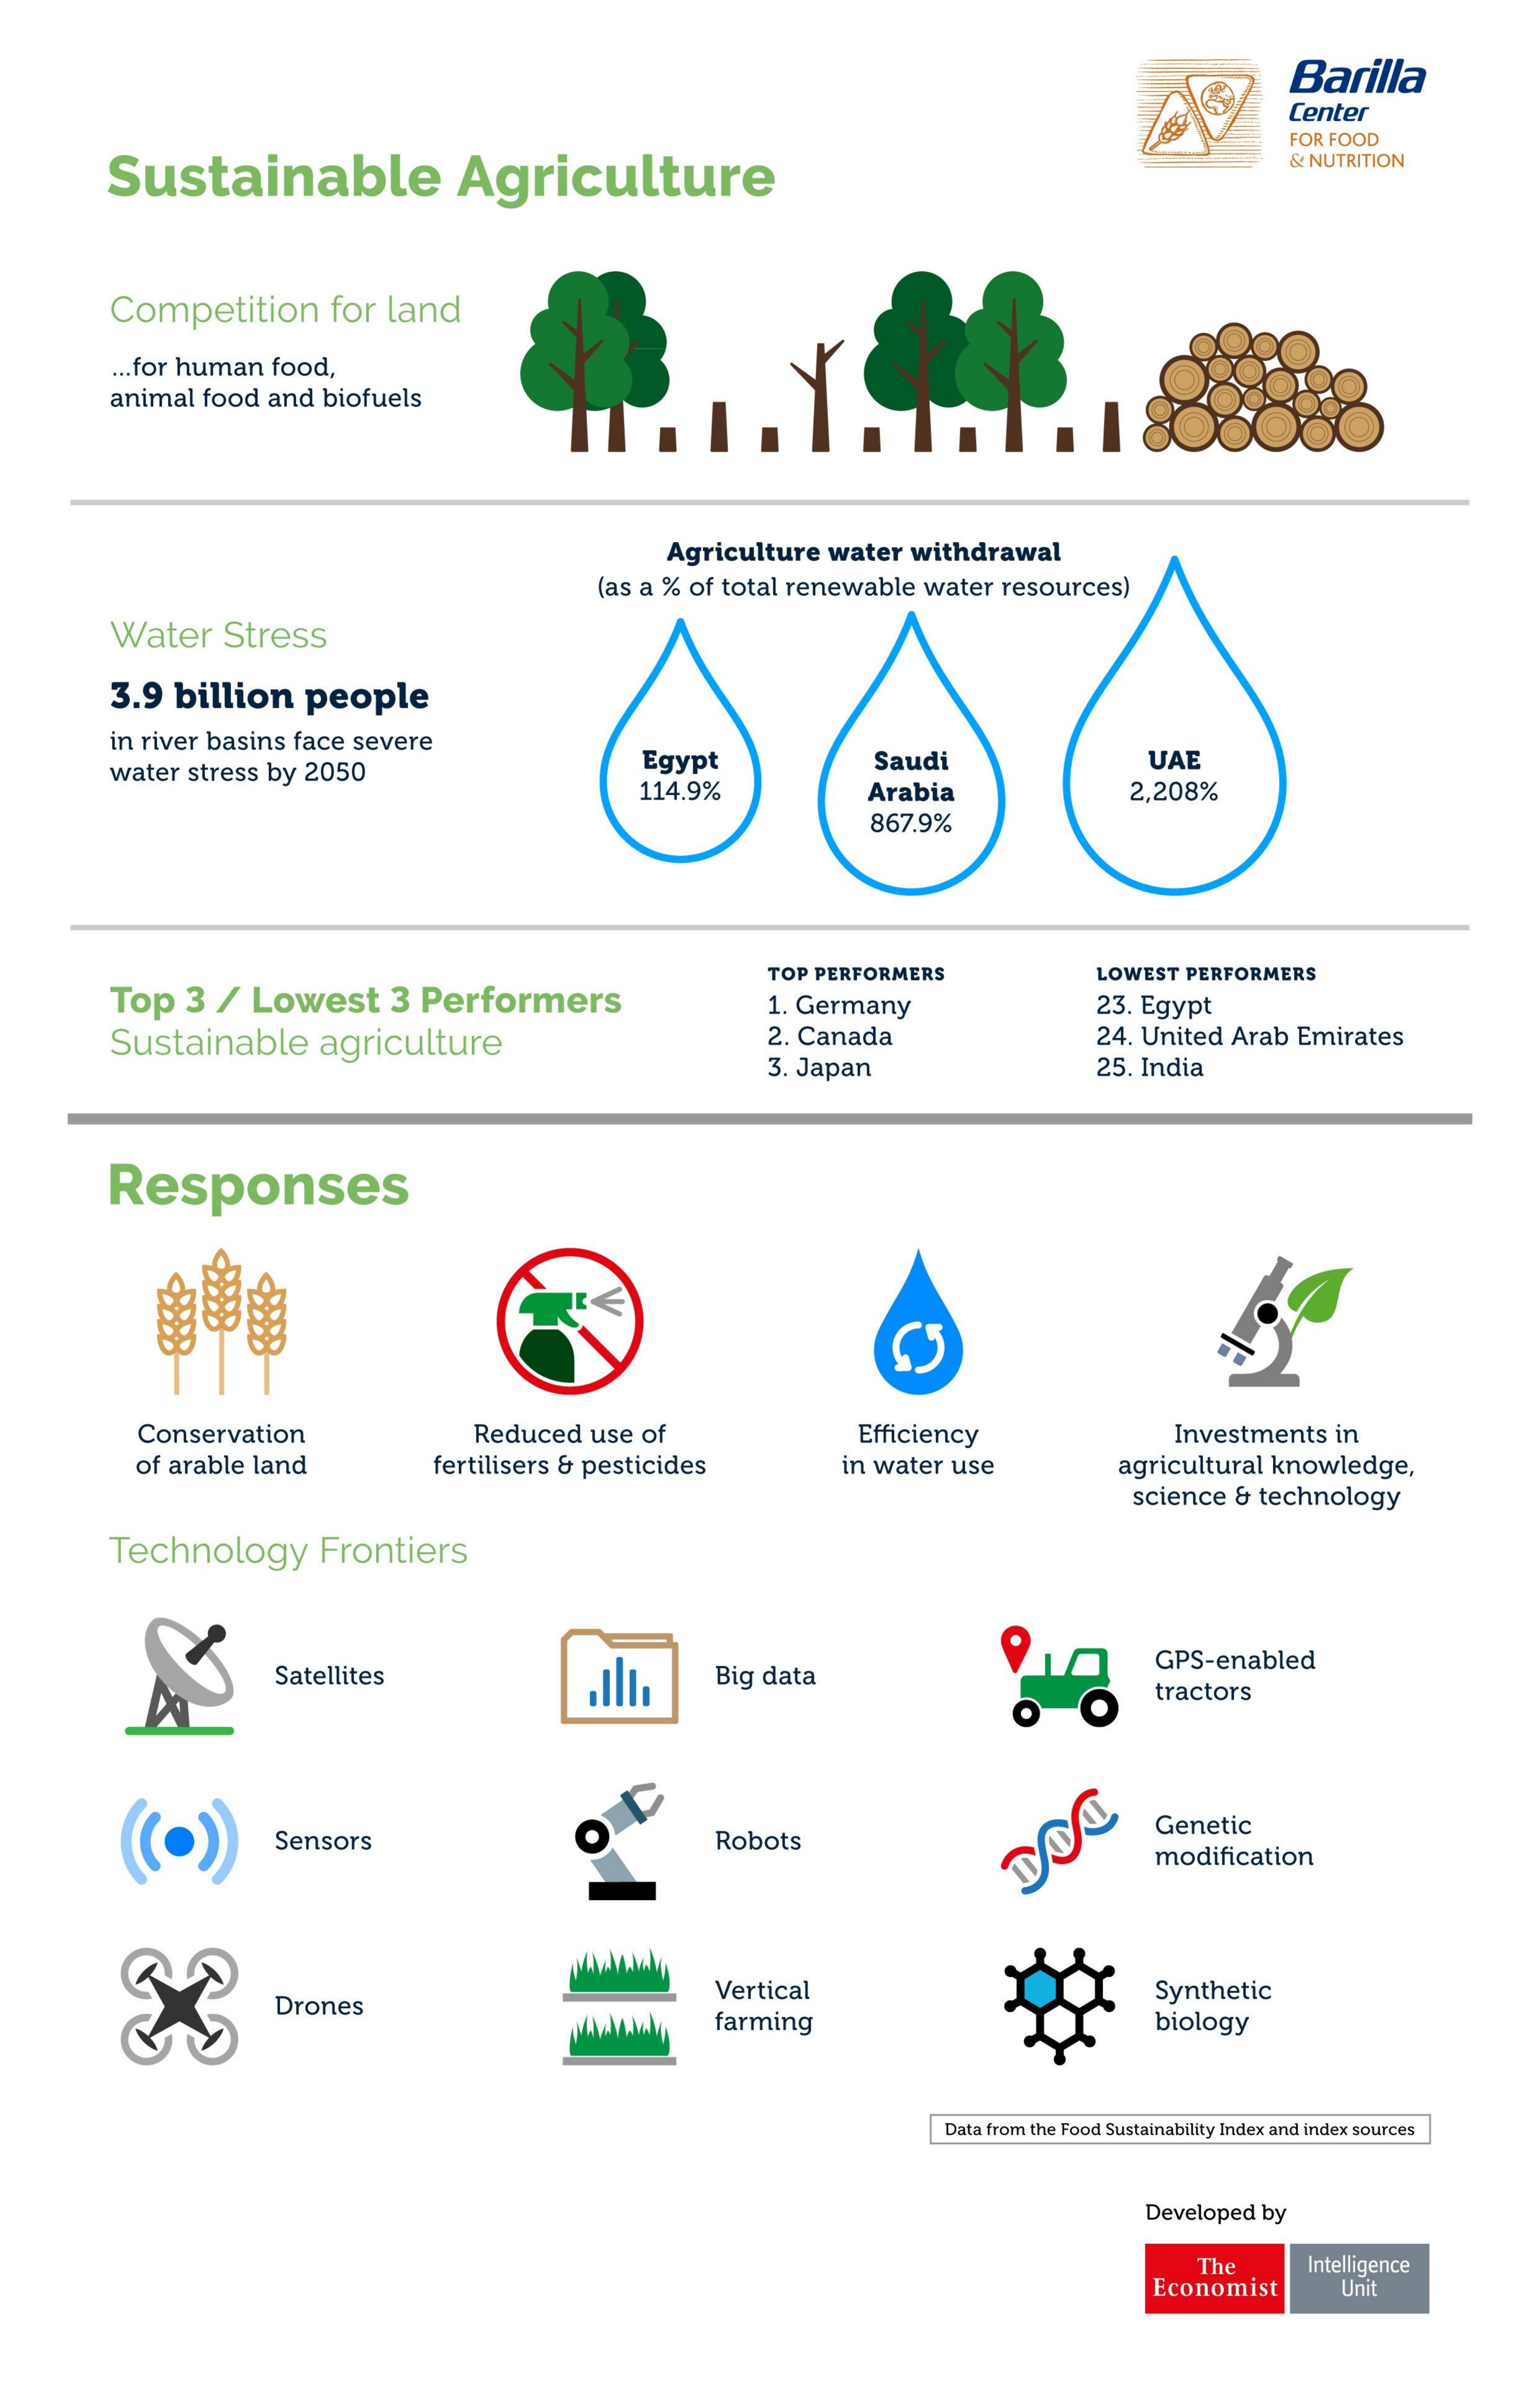
Barilla
     Center
     Sustainable    Agriculture
     FOR FOOD
     & NUTRITION
     Competition for land
     ... for human food,
     animal food and biofuels
     Agriculture water withdrawal
     (as a % of total renewable water resources)
     Water Stress
     3.9 billion people
     in river basins face severe
     water stress by 2050    Egypt    Saudi    UAE
     114.9%    Arabia    2,208%
     867.9%
     Top 3 / Lowest 3 Performers
     TOP PERFORMERS   LOWEST PERFORMERS
     1. Germany    23. Egypt
     Sustainable agriculture    2. Canada    24. United Arab Emirates
     3. Japan    25. India
     Responses
     車  电
     Conservation    Reduced use of    Efficiency    Investments in
     of arable land fertilisers & pesticides in water use agricultural knowledge,
     science & technology
     Technology Frontiers
     Satellites    Big data
     GPS-enabled
     tractors
     Sensors    Robots
     Genetic
     modification
     Drones
     Vertical    Synthetic
     farming    biology
     Data from the Food Sustainability Index and index sources
     Developed by
     The
     Economist
     Intelligence
     Unit